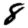
Digit: 8